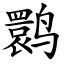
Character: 鹮